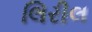
લિરીલ